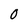
Character: 0